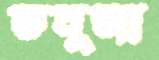
তনূজা